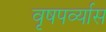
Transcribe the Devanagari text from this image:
वृषपर्व्यास